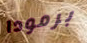
برمودا